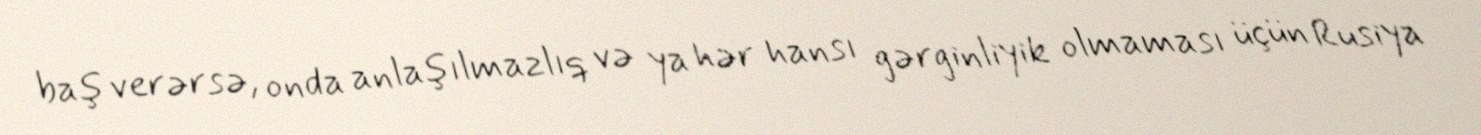
baş verərsə, onda anlaşılmazlıq və ya hər hansı gərginliyik olmaması üçün Rusiya